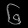
Digit: ၆